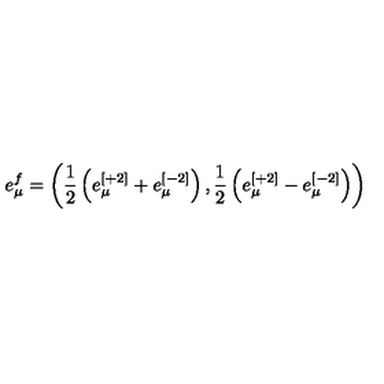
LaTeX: e _ { \mu } ^ { f } = \left( { \frac { 1 } { 2 } } \left( e _ { \mu } ^ { [ + 2 ] } + e _ { \mu } ^ { [ - 2 ] } \right) , { \frac { 1 } { 2 } } \left( e _ { \mu } ^ { [ + 2 ] } - e _ { \mu } ^ { [ - 2 ] } \right) \right)